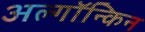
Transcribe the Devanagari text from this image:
अल्गॉन्किन